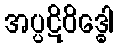
အပ္ပဋိဝိဒ္ဓေါ